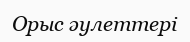
Орыс әулеттері